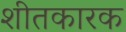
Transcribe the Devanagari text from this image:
शीतकारक